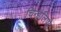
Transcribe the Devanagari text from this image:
चिन्हलिपी